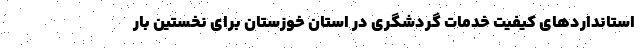
استاندارد‌های کیفیت خدمات گردشگری در استان خوزستان برای نخستین بار